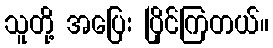
သူတို့ အပြေး ပြိုင်ကြတယ်။